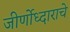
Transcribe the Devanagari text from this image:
जीर्णोध्दाराचे